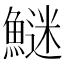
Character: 𩺍